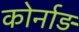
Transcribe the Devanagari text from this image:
कोर्नाड़